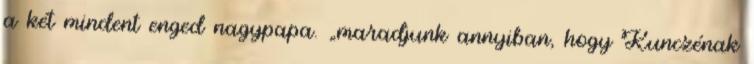
a két mindent enged nagypapa. „maradjunk annyiban, hogy Kunczénak